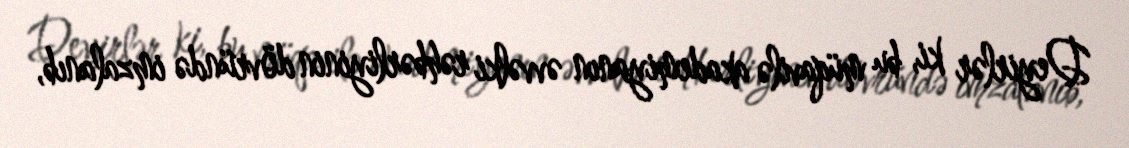
Deyirlər ki, bu müqavilə akademiyanın əvvəlki rəhbərliyinin dövründə imzalanıb,